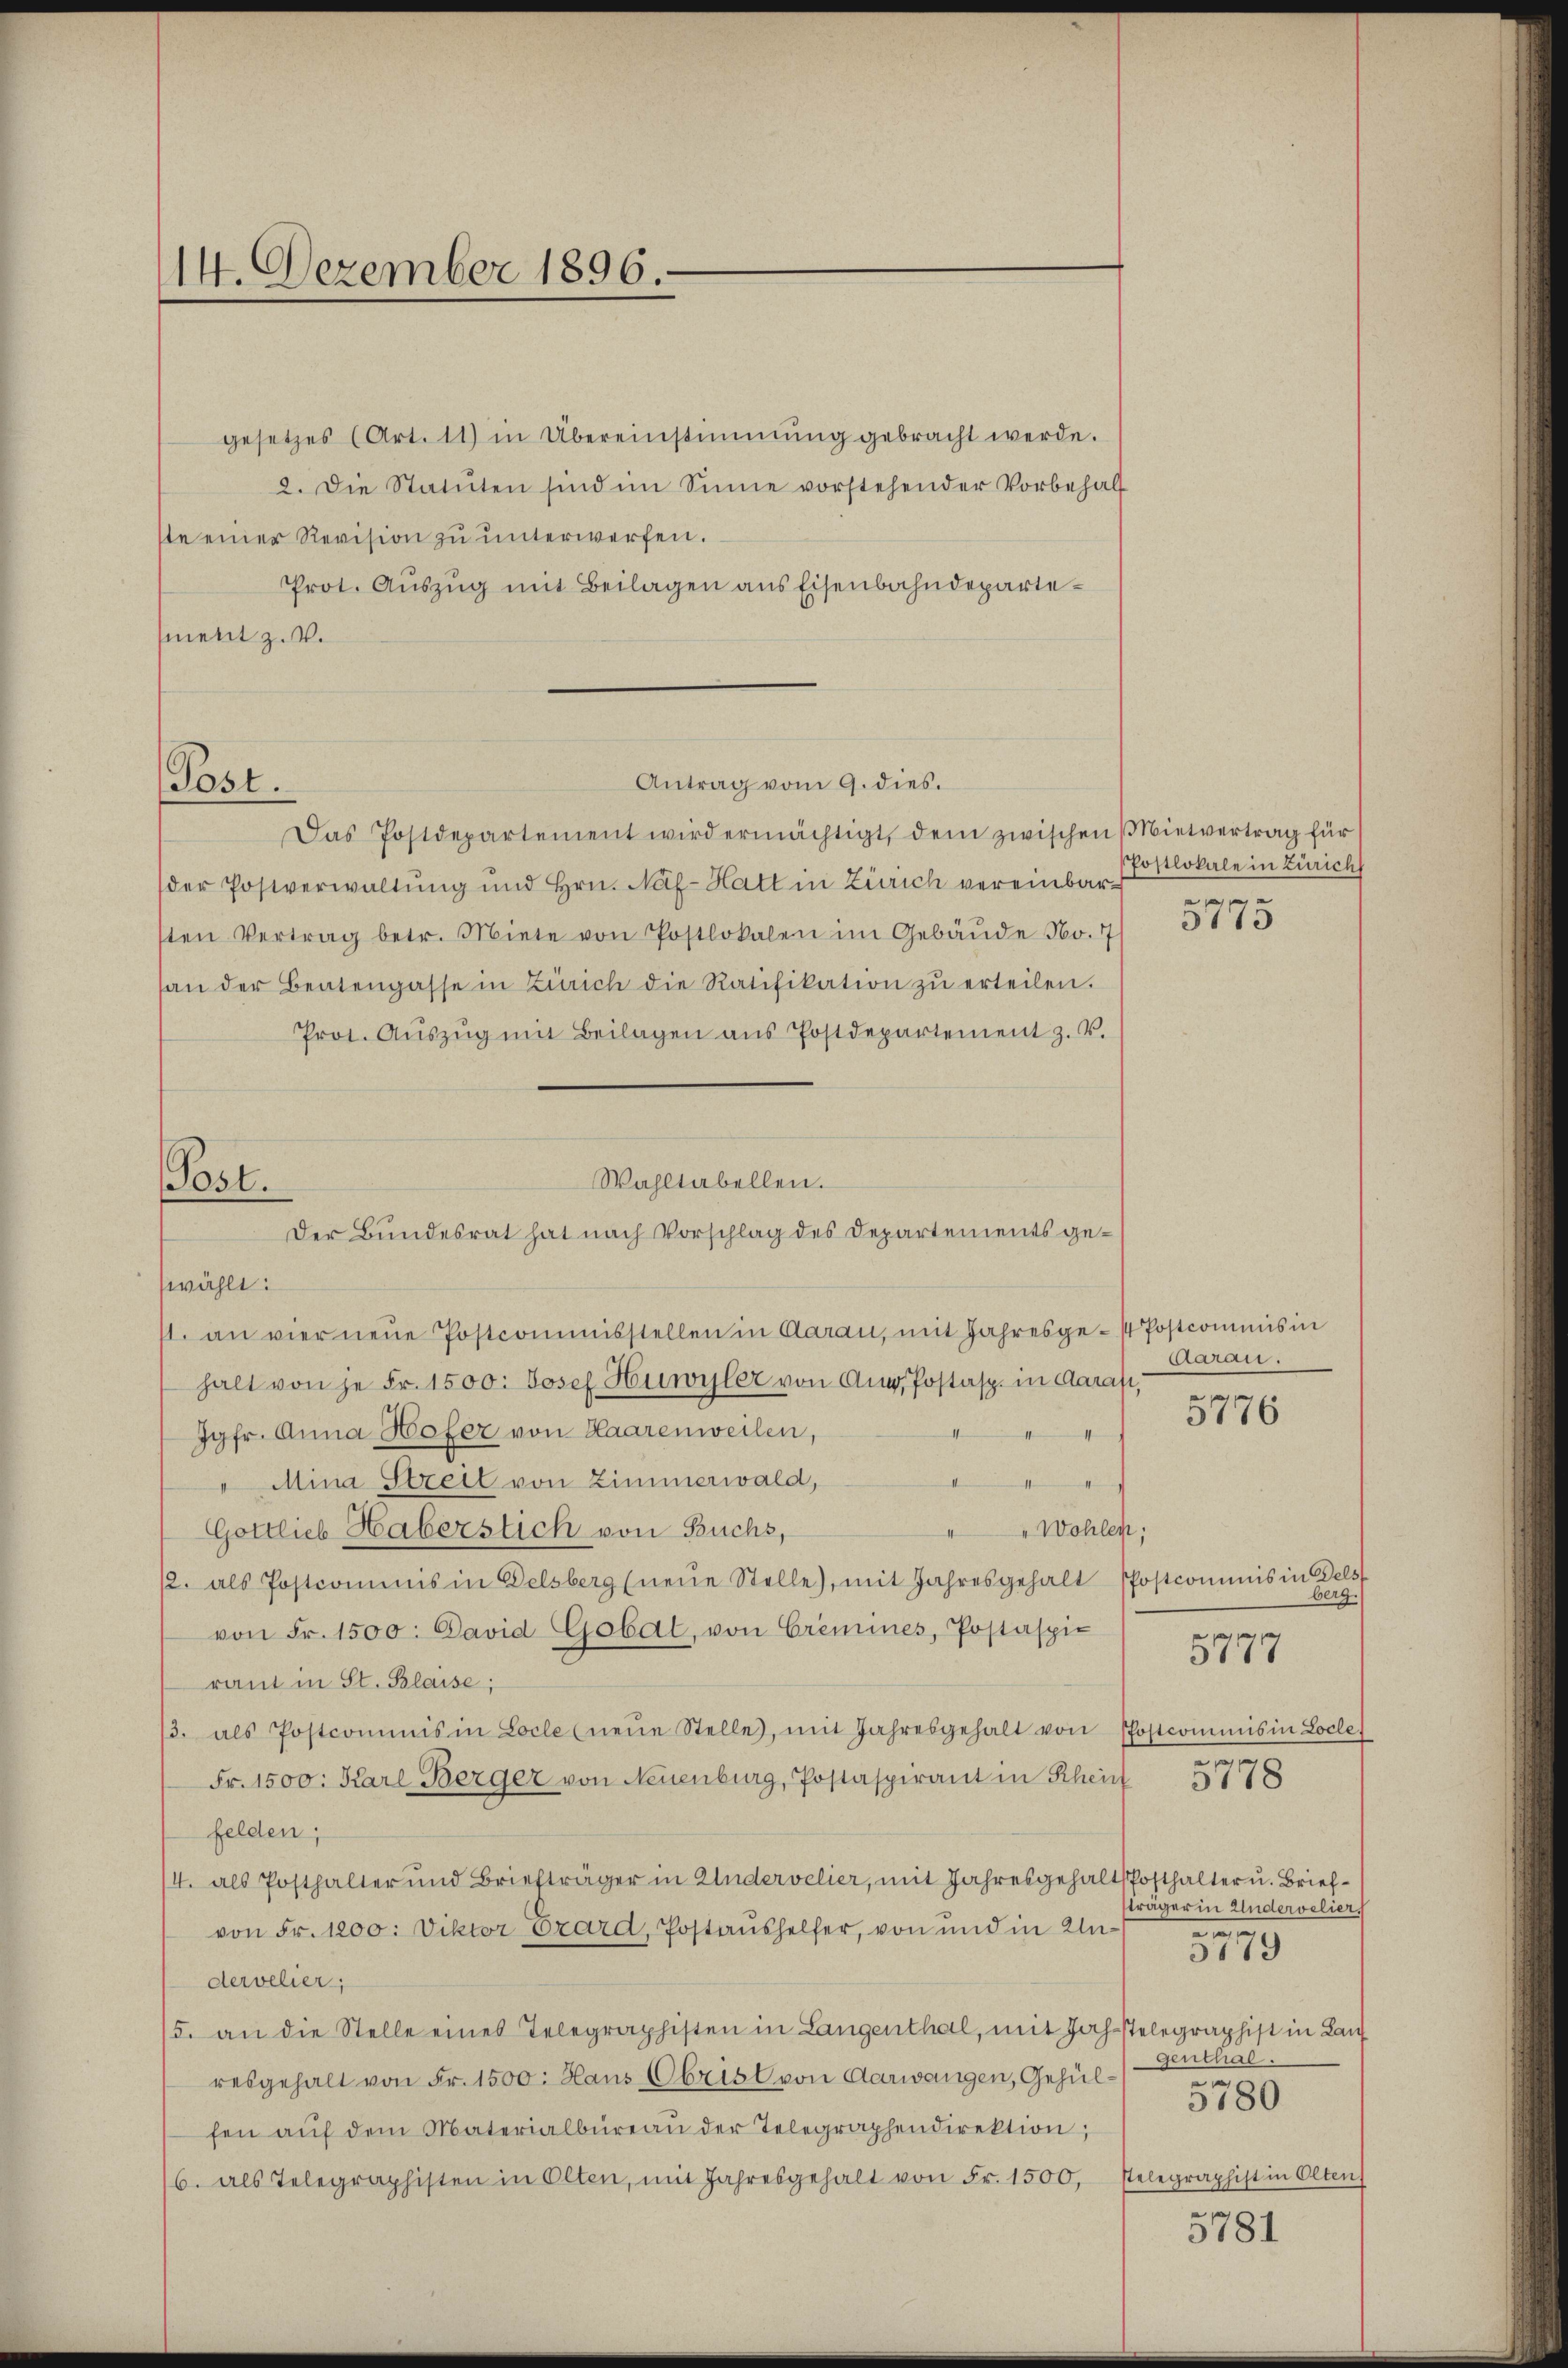
14. Dezember 1896.

Post.

gesetzes (Art. 11) in Übereinstimmung gebracht werde.
2. Die Statuten sind im Sinne vorstehender Vorbehalt
ste einer Revision zŭ ŭnterwerfen.
Prot. Auszug mit Beilagen aus Eisenbahndepartesment z. V.

Das Postdepartement wird ermächtigt, dem zwischen Mietvertrag für
der Postverwaltŭng und Hrn. Näf-Hatt in Zürich vereinbare
sten Vertrag betr. Miete von Postlokalen im Gebäŭde No. 7
an der Beatengasse in Zürich die Ratifikation zŭ erteilen.
Prot. Aŭszŭg mit Beilagen ans Postdepartement z. V.
wählt:
1. an vier neŭe Postcommisstellen in Aarau, mit Jahresge- Postcommis in
halt von je Fr. 1500. Josef Huwyler von Aug. Postasp. in darasi,
Jgfr. Anna Hofer von Haarenweilen,
Mina Streit von Zimmerwald,
1
"Wohlen;
Gottlieb Haberstich von Buchs,
12. als Postcommis in Delsberg (neŭe Stelle), mit Jahresgehalt Postcommis in Fels
von Fr. 1500. David Gobat, von Gremines, Postaspie
raut in St. Blaise;
/3. als Postcommis in Locle neŭe Stelle, mit Jahresgehalt von Postcommis in Locle
Fr. 1500: Karl Berger von Neuenburg, Postaspirant in Rhein
felden,
I. als Posthalter und Briefträger in Andervelier, mit Jahresgehalt Posthalter u. Briefvon Fr. 1200: Viktor Czard, Postaushelfer, von und in Undervelier,
5. an die Stelle eines Telegraphisten in Langenthal, mit Joh. stelegraphist in Lan
resgehalt von Fr. 1500: Haus Obrist von Aarwangen, Gehülfen aŭf dem Materialbüreaŭ der Telegraphendirektion,
6. als Telegraphisten in Olten, mit Jahresgehalt von Fr. 1500, Telegraphist in Olten

Antrag vom 9. dies.

Wahltabellen.
Post.
Der Bundesrat hat nach Vorschlag des Departements ge¬

(Postlokale in Zürich

5

Caran.
5776

berg.
m
11. Anderveliers

3119
genthal.
5780

5777

5118

5781